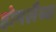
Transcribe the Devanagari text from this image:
होमलैब्स